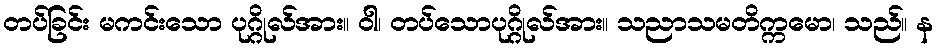
တပ်ခြင်း မကင်းသော ပုဂ္ဂိုလ်အား။ ဝါ၊ တပ်သောပုဂ္ဂိုလ်အား။ သညာသမတိက္ကမော၊ သည်။ န